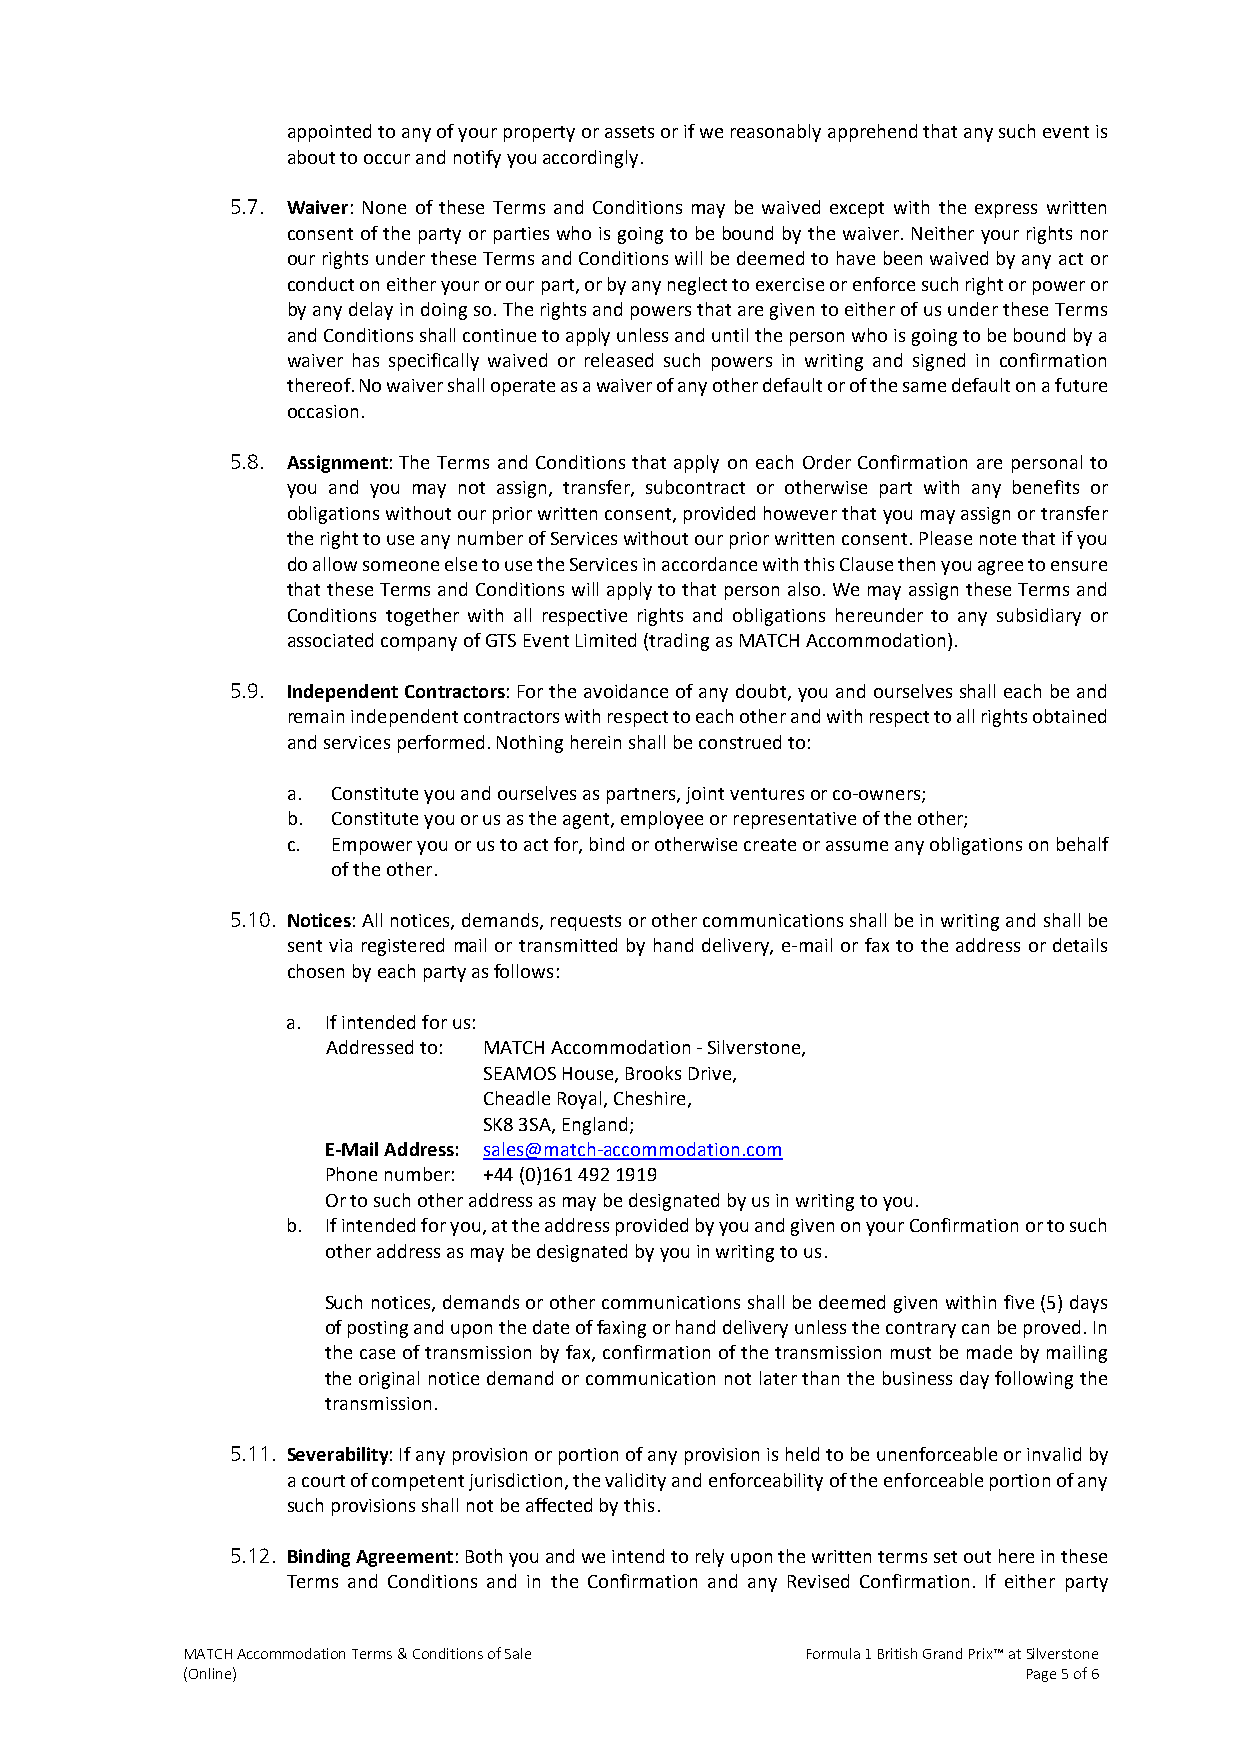
appointed to any of your property or assets or if we reasonably apprehend that any such event is
 about to occur and notify you accordingly.
 5.7. Waiver: None of these Terms and Conditions may be waived except with the express written
 consent of the party or parties who is going to be bound by the waiver. Neither your rights nor
 our rights under these Terms and Conditions will be deemed to have been waived by any act or
 conduct on either your or our part, or by any neglect to exercise or enforce such right or power or
 by any delay in doing so. The rights and powers that are given to either of us under these Terms
 and Conditions shall continue to apply unless and until the person who is going to be bound by a
 waiver has specifically waived or released such powers in writing and signed in confirmation
 thereof. No waiver shall operate as a waiver of any other default or of the same default on a future
 occasion.
 5.8. Assignment: The Terms and Conditions that apply on each Order Confirmation are personal to
 you and you may not assign, transfer, subcontract or otherwise part with any benefits or
 obligations without our prior written consent, provided however that you may assign or transfer
 the right to use any number of Services without our prior written consent. Please note that if you
 do allow someone else to use the Services in accordance with this Clause then you agree to ensure
 that these Terms and Conditions will apply to that person also. We may assign these Terms and
 Conditions together with all respective rights and obligations hereunder to any subsidiary or
 associated company of GTS Event Limited (trading as MATCH Accommodation).
 5.9. Independent Contractors: For the avoidance of any doubt, you and ourselves shall each be and
 remain independent contractors with respect to each other and with respect to all rights obtained
 and services performed. Nothing herein shall be construed to:
 a. Constitute you and ourselves as partners, joint ventures or co-owners;
 b. Constitute you or us as the agent, employee or representative of the other;
 c. Empower you or us to act for, bind or otherwise create or assume any obligations on behalf
 of the other.
 5.10. Notices: All notices, demands, requests or other communications shall be in writing and shall be
 sent via registered mail or transmitted by hand delivery, e-mail or fax to the address or details
 chosen by each party as follows:
 a. If intended for us:
 Addressed to: MATCH Accommodation - Silverstone,
 SEAMOS House, Brooks Drive,
 Cheadle Royal, Cheshire,
 SK8 3SA, England;
 E-Mail Address: sales@match-accommodation.com
 Phone number: +44 (0)161 492 1919
 Or to such other address as may be designated by us in writing to you.
 b. If intended for you, at the address provided by you and given on your Confirmation or to such
 other address as may be designated by you in writing to us.
 Such notices, demands or other communications shall be deemed given within five (5) days
 of posting and upon the date of faxing or hand delivery unless the contrary can be proved. In
 the case of transmission by fax, confirmation of the transmission must be made by mailing
 the original notice demand or communication not later than the business day following the
 transmission.
 5.11. Severability: If any provision or portion of any provision is held to be unenforceable or invalid by
 a court of competent jurisdiction, the validity and enforceability of the enforceable portion of any
 such provisions shall not be affected by this.
 5.12. Binding Agreement: Both you and we intend to rely upon the written terms set out here in these
 Terms and Conditions and in the Confirmation and any Revised Confirmation. If either party
 MATCH Accommodation Terms & Conditions of Sale Formula 1 British Grand Prix™ at Silverstone
 (Online)                                                Page 5 of 6